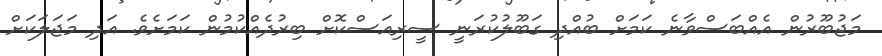
މަޖުބޫރުން އެއްބަސްވާނެ ކަމަށް ބުއްދި ގަބޫލުކުރަނީ ސީރިއަސްކޮށް ބިރުދެއްކުމުން ކަމަށެވެ. އަދި މަޖަލަކަށް